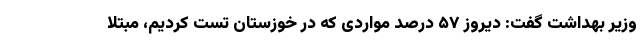
وزیر بهداشت گفت: دیروز ۵۷ درصد مواردی که در خوزستان تست کردیم، مبتلا